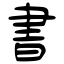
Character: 書